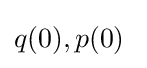
q(0),p(0)\